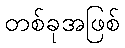
တစ်ခုအဖြစ်